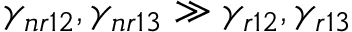
\gamma _ { n r 1 2 } , \gamma _ { n r 1 3 } \gg \gamma _ { r 1 2 } , \gamma _ { r 1 3 }